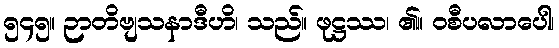
၅၄၅။ ဉာတိဗျသနာဒီဟိ၊ သည်။ ဖုဋ္ဌဿ၊ ၏။ ဝစီပလာပေါ၊